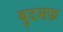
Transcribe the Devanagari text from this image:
बुदसफ़